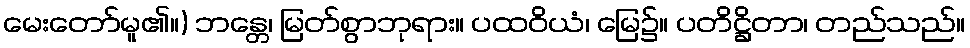
မေးတော်မူ၏။) ဘန္တေ၊ မြတ်စွာဘုရား။ ပထဝိယံ၊ မြေ၌။ ပတိဋ္ဌိတာ၊ တည်သည်။